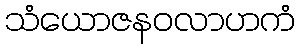
သံယောဇနဝလာဟကံ